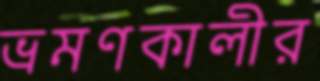
ভ্রমণকালীর